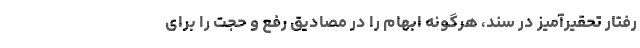
رفتار تحقیرآمیز در سند، هرگونه ابهام را در مصادیق رفع و حجت را برای